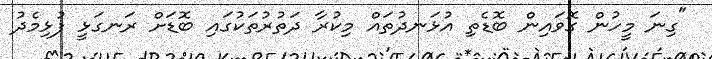
"ގިނަ މީހުން ގޮވައިން ބޮޑެތި އުޅަނދުތައް މިކުރާ ދަތުރުތަކުގައި ބޮޑަށް ރަނގަޅީ ފުޅިމެދު